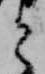
と